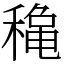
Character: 𥡌